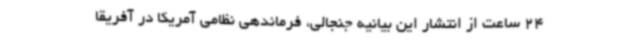
24 ساعت از انتشار این بیانیه جنجالی، فرماندهی نظامی آمریکا در آفریقا